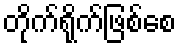
တိုက်ရိုက်ဖြစ်စေ